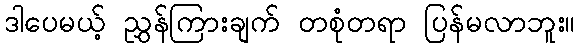
ဒါပေမယ့် ညွှန်ကြားချက် တစုံတရာ ပြန်မလာဘူး။